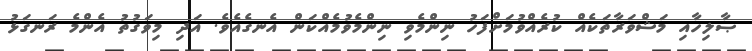
ޞާލިހާއި މަޝްވަރާތަކެއް ކުރެއްވުމަށްފަހު ނިންމެވި ނިންމެވުމެއްކަން އެނގެއެވެ. އަދި މިވަގުތު އެންމެ ރަނގަޅު